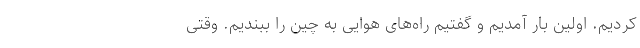
کردیم. اولین بار آمدیم و گفتیم راه‌های هوایی به چین را ببندیم. وقتی